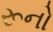
રૂનો